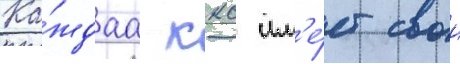
Ка́ждаа ккс им'е́ет свои